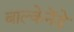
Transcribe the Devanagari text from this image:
बाल्केनेंडे